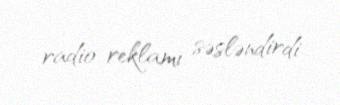
radio reklamı səsləndirdi.